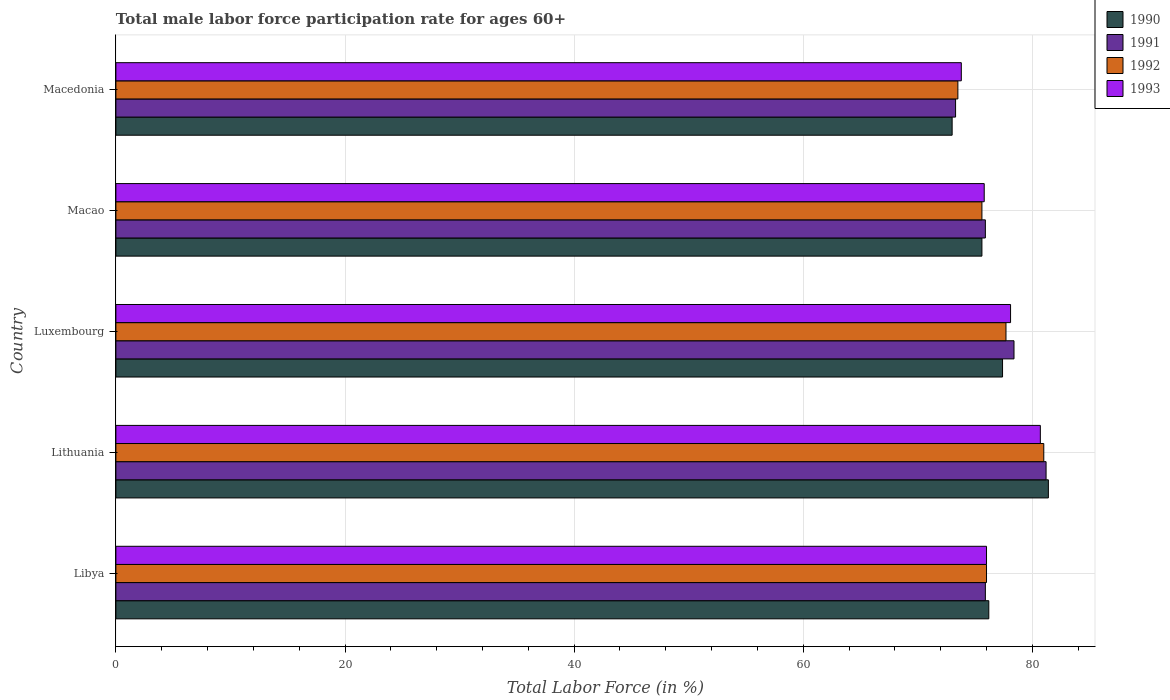
| Country | 1990 | 1991 | 1992 | 1993 |
 | --- | --- | --- | --- | --- |
 | Libya | 76.2 | 75.9 | 76 | 76 |
 | Lithuania | 81.4 | 81.2 | 81 | 80.7 |
 | Luxembourg | 77.4 | 78.4 | 77.7 | 78.1 |
 | Macao | 75.6 | 75.9 | 75.6 | 75.8 |
 | Macedonia | 73 | 73.3 | 73.5 | 73.8 |